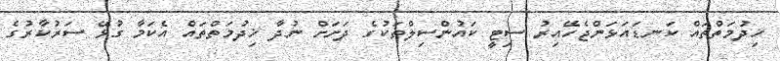
ޚިދުމަތްތައް ކަނޑައަޅަންޖެހޭއިރު ސިޓީ ކައުންސިލްތަކުގެ ދަށަށް ނުދާ ޚިދުމަތްތައް އެކަމާ ގުޅޭ ސަރުކާރުގެ